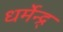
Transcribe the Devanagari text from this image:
धर्मेन्द्र्